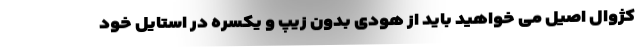
کژوال اصیل می خواهید باید از هودی بدون زیپ و یکسره در استایل خود